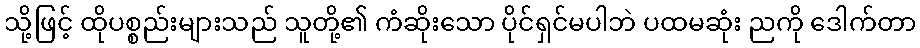
သို့ဖြင့် ထိုပစ္စည်းများသည် သူတို့၏ ကံဆိုးသော ပိုင်ရှင်မပါဘဲ ပထမဆုံး ညကို ဒေါက်တာ